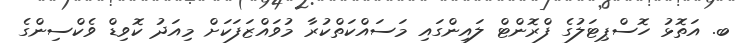
ބ. އަތޮޅު ހޮސްޕިޓަލުގެ ފްރޮންޓް ލައިންގައި މަސައްކަތްކުރާ މުވައްޒަފަކަށް މިއަދު ކޮވިޑް ވެކްސިންގެ